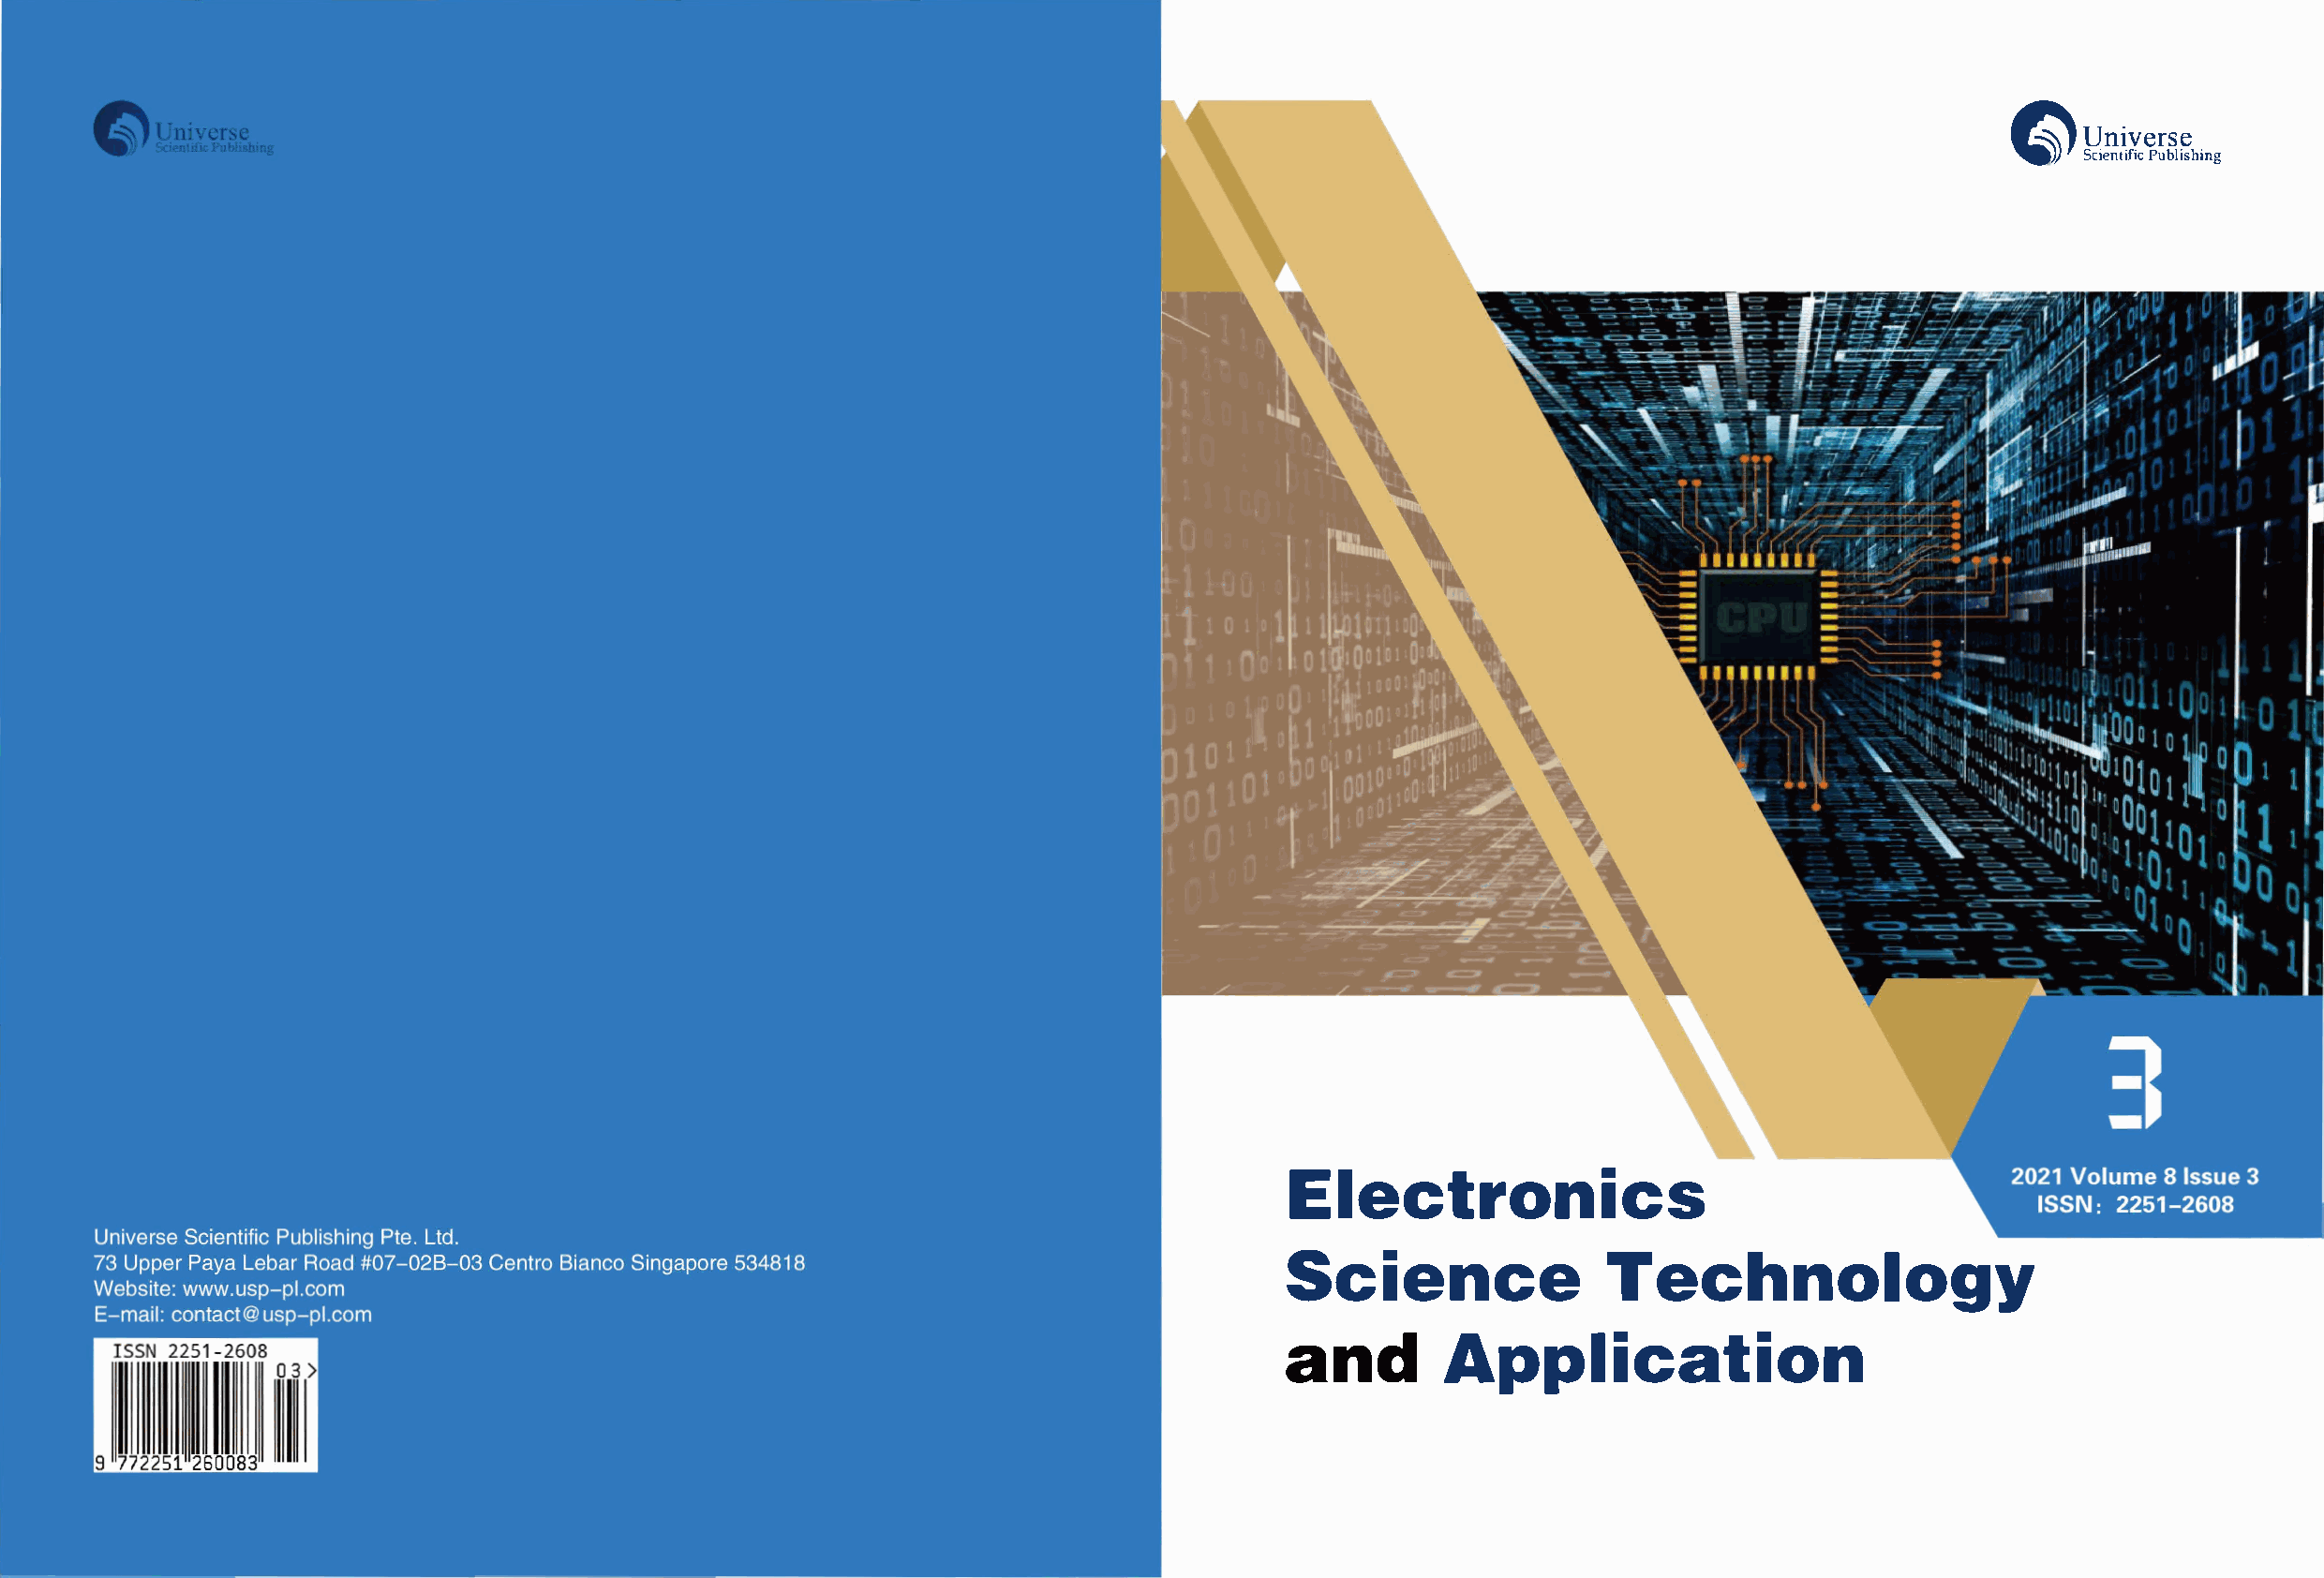
�     Y.�
 ／；Y.c����h;og
 。
 Elecnitcrs
 。。
 ScieTnecceh                               tn
 gy
 。
 anAdp                 plincati